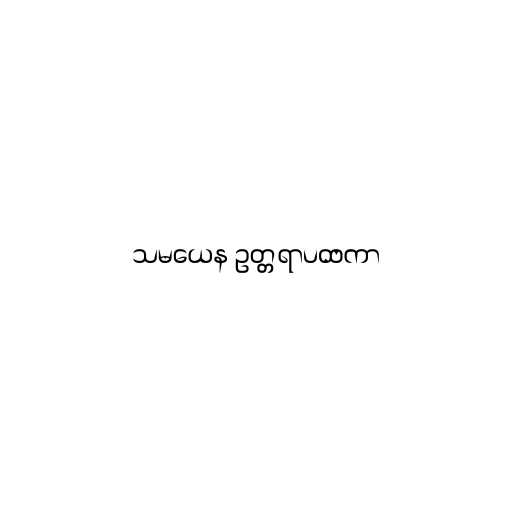
သမယေန ဥတ္တရာပထကာ